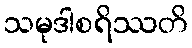
သမုဒါစရိဿတိ